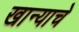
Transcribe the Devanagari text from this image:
खान्याचे